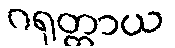
ဂရုတ္တာယ